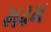
મઢમ